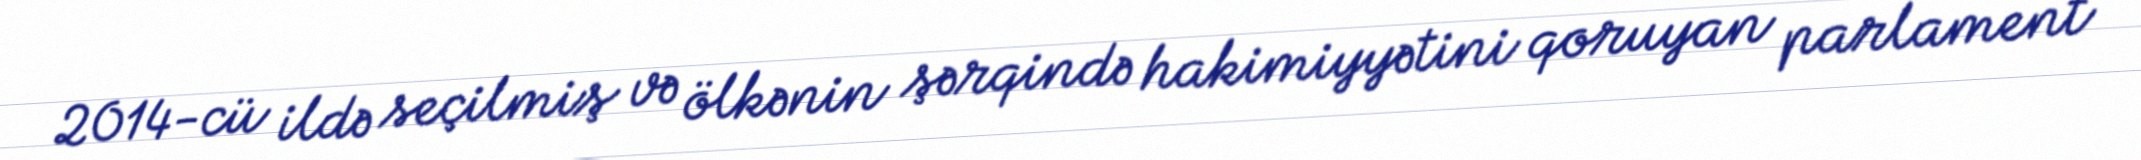
2014-cü ildə seçilmiş və ölkənin şərqində hakimiyyətini qoruyan parlament